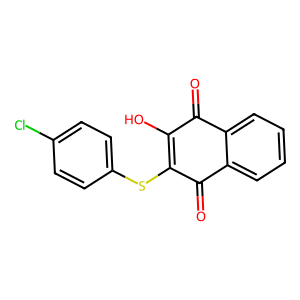
SMILES: O=C1C(O)=C(Sc2ccc(Cl)cc2)C(=O)c2ccccc21
Inhibits HIV replication: No